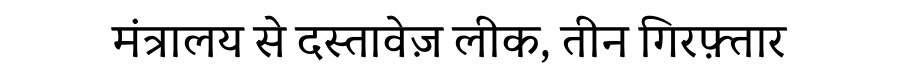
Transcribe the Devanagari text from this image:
मंत्रालय से दस्तावेज़ लीक, तीन गिरफ़्तार